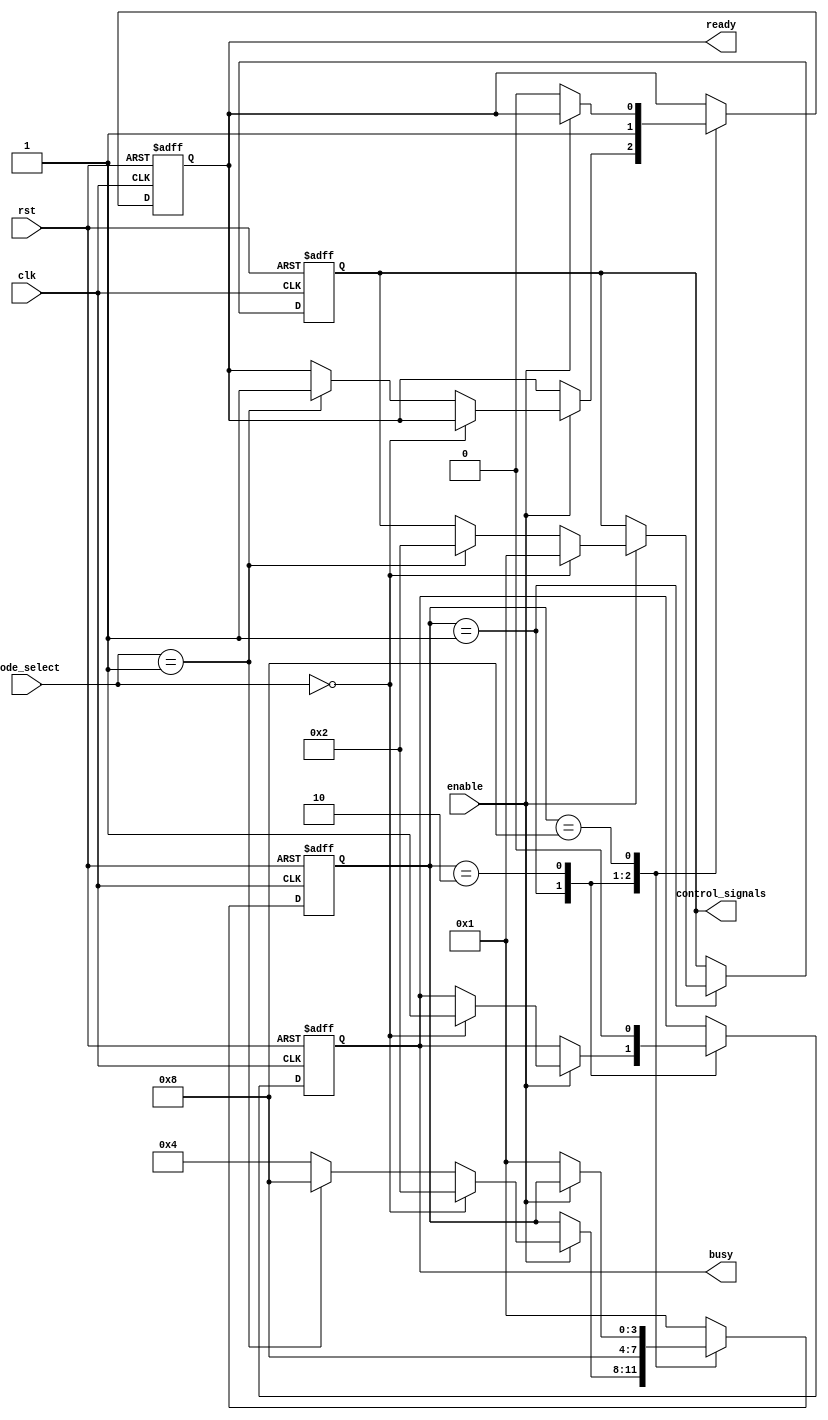
module ControlRegister (
    input wire clk,                     // Clock signal
    input wire rst,                     // Reset signal
    input wire enable,                  // Enable control input
    input wire [1:0] mode_select,       // Mode selection control input
    output reg [3:0] control_signals,   // Control signals output
    output reg ready,                   // Status flag output
    output reg busy                     // Status flag output
);

    // State representation
    reg [3:0] state;                    // Internal state representation

    // State encoding
    localparam STATE_IDLE      = 4'b0001;
    localparam STATE_RUNNING   = 4'b0010;
    localparam STATE_ERROR     = 4'b0100;
    localparam STATE_READY     = 4'b1000;

    // Sequential logic for state update
    always @(posedge clk or posedge rst) begin
        if (rst) begin
            // Reset to initial state
            state <= STATE_IDLE;
            control_signals <= 4'b0000;
            ready <= 1'b0;
            busy <= 1'b0;
        end else begin
            // State transition based on control inputs
            case (state)
                STATE_IDLE: begin
                    if (enable) begin
                        if (mode_select == 2'b00) begin
                            state <= STATE_RUNNING;
                            control_signals <= 4'b0001; // Example control signal
                            busy <= 1'b1;
                        end else if (mode_select == 2'b01) begin
                            // Handle other modes as needed
                            state <= STATE_READY;
                            control_signals <= 4'b0010; // Example control signal
                            ready <= 1'b1;
                        end else begin
                            state <= STATE_ERROR; // Invalid mode
                        end
                    end
                end
                STATE_RUNNING: begin
                    // Perform running operations here
                    // Transition to ready state when done
                    state <= STATE_READY;
                    ready <= 1'b1;
                    busy <= 1'b0;
                end
                STATE_READY: begin
                    // Ready state logic
                    // Can transition back to idle based on conditions
                    if (!enable) begin
                        state <= STATE_IDLE;
                        ready <= 1'b0;
                    end
                end
                STATE_ERROR: begin
                    // Handle error state
                    // Example: Reset to idle state after an error
                    state <= STATE_IDLE;
                end
                default: begin
                    state <= STATE_IDLE; // Default to idle on error
                end
            endcase
        end
    end

endmodule